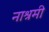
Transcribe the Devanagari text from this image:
नाश्रमी